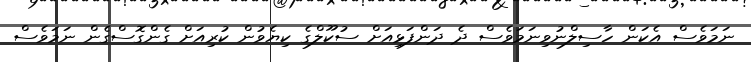
ނަމަވެސް އެކަން ހާސިލްނުވިނަމަވެސް ދެ ދަންފަޅިއަށް ސުކޫލްގެ ކިޔެވުން ކުރިއަށް ގެންގޮސްގެން ނަމަވެސް